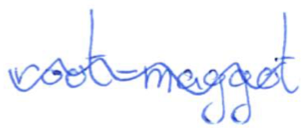
Text: root-maggot
Cross-out: wave
Writing tool: ballpoint